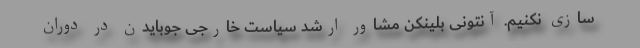
سازی نکنیم. آنتونی بلینکن مشاور ارشد سیاست خارجی جوبایدن در دوران